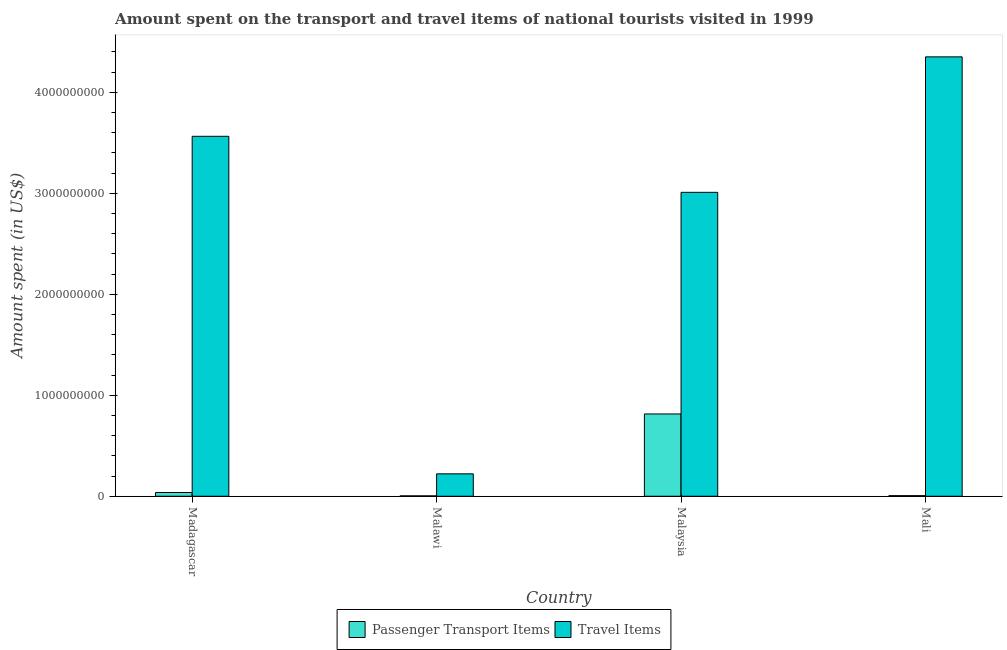
| Country | Passenger Transport Items | Travel Items |
 | --- | --- | --- |
 | Madagascar | 3.7e+07 | 3.56e+09 |
 | Malawi | 4e+06 | 2.22e+08 |
 | Malaysia | 8.15e+08 | 3.01e+09 |
 | Mali | 6e+06 | 4.35e+09 |